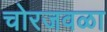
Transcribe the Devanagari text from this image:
चोरजवळा